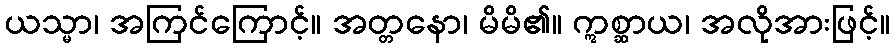
ယသ္မာ၊ အကြင်ကြောင့်။ အတ္တနော၊ မိမိ၏။ ဣစ္ဆာယ၊ အလိုအားဖြင့်။